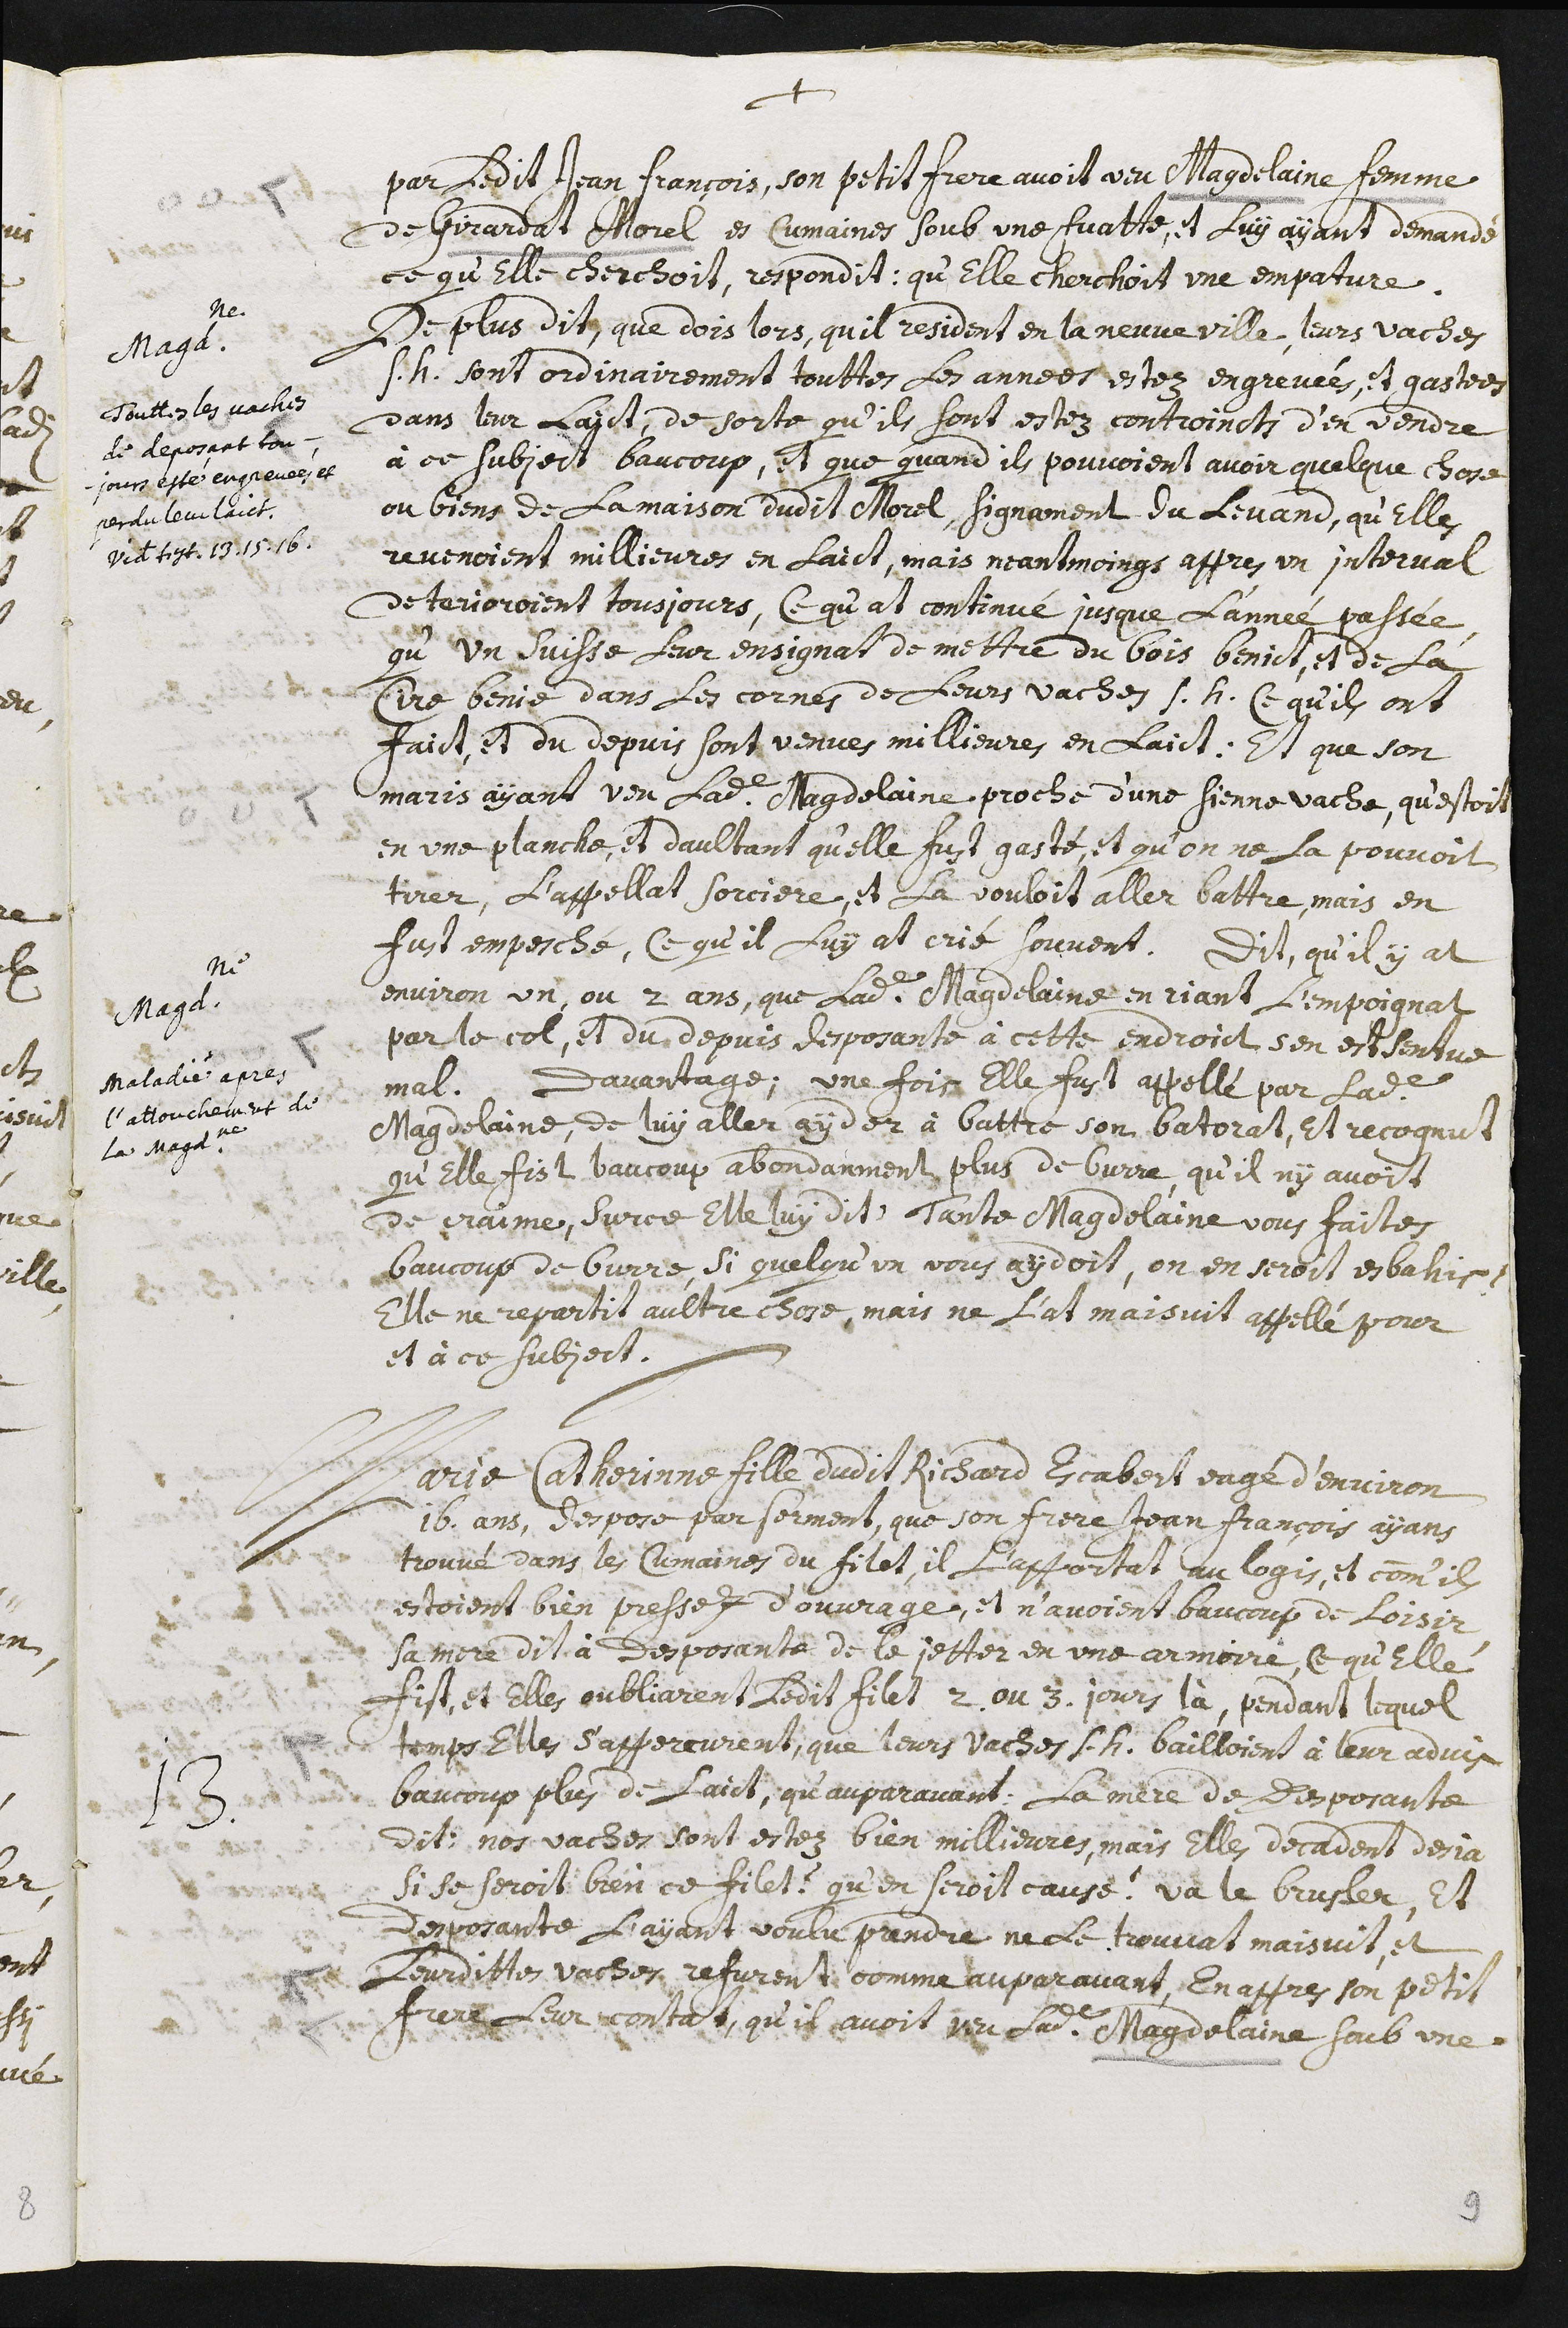
+
par ledit Jean François, son petit frere avoit veu Magdelaine femme
de Girardat Morel es Cumaines soub une fuatte, et luy ayant demandé
ce qu’elle cherchoit, respondit : qu’elle cherchoit une empature.
Magdeleine
Touttes les vaches
de deposant tou-
jours estés engrevées et
perdu leur laict.
Videte testimonia 13.15.16.
De plus dit, que dois lors, qu’il resident en la neuveville, leurs vaches
s.h. sont ordinairement touttes les années estez engrevées, et gastées
dans leur laict, de sorte qu’ils sont estez controincts d’en vendre
à ce subject baucoup, et que quand ils pouvoient avoir quelque chose
ou biens de la maison dudit Morel, signament du levand, qu’elles
revenoient millieures en laict, mais neantmoings appres un interval
deterioroient tousjours, ce qu’at continué jusque l’année passée,
qu’un suisse leur ensignat de mettre du bois benict, et de la
cire benie dans les cornes de leurs vaches s.h. ce qu’ils ont
faict, et du depuis sont venues millieures en laict : et que son
maris ayant veu ladite Magdelaine proche d’une sienne vache, qu’estoit
en une planche, et d’aultant qu’elle fust gasté, et qu’on ne la pouvoit
tirer, l’appellat sorciere, et la vouloit aller battre, mais en
fust empesché, ce qu’il luy at crié souvent. Dit, qu’il y at
Magdeleine
maladie apres
l’attouchement de
la Magdeleine
environ un, ou 2 ans, que ladite Magdelaine en riant l’empoignat
par le col, et du depuis desposante à cette endroict s’en est sentue
mal. Davantage, une fois elle fust appellé par ladite
Magdelaine, de luy aller ayder à battre son batorat, et recognut
qu’elle fist baucoup abondanment plus de burre, qu’il n’y avoit
de craime, sur ce elle luy dit : Tante Magdelaine vous faites
Baucoup de burre, si quelqu’un vous aydoit, on en seroit esbahit !
Elle ne repartit aultre chose, mais ne l’at maisuit appellé pour
et à ce subject.
13. Marie Catherinne fille dudit Richard Ecabert eagé d’environ
16 ans, despose par serment, que son frere Jean François ayans
trouvé dans les Cumaines du filet, il l’apportat au logis, et comm’ils
estoient bien pressez d’ouvrage, et n’avoient baucoup de loisir,
sa mere dit à desposante de le jetter en une armoire, ce qu’elle
fist, et elles oubliarent ledit filet 2 ou 3 jours là, pendant lequel
temps elles s’appercurent, que leurs vaches s.h. bailloient à leur advis
baucoup plus de laict, qu’auparavant : la mere de desposante
dit : Nos vaches sont estez bien millieures, mais elles decadent desia
si se seroit bien ce filet ? qu’on seroit causé ! va le brusler, et
desposante l’ayant voulu prendre ne le trouvat maisuit, et
leurdittes vaches refurent comme auparavant. En appres son petit
frere leur contat, qu’il avoit veu ladite Magdelaine soub une